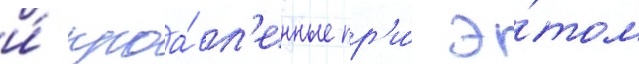
и́ проа́вл'енные пр'и́ э́том